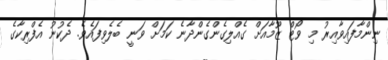
ނިންމާފައިވާއިރު މި ވޯޓް ޒޫމާއަށް ގެއްލިގެންގެންދާނެ ކަމަށް ވަނީ ބެލެވިފައެވެ. ދެކުނު އެފްރިކާގެ